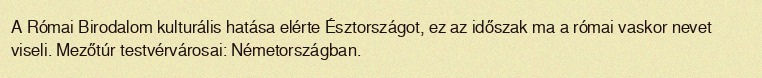
A Római Birodalom kulturális hatása elérte Észtországot, ez az időszak ma a római vaskor nevet viseli. Mezőtúr testvérvárosai: Németországban.